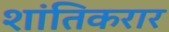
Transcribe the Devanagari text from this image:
शांतिकरार